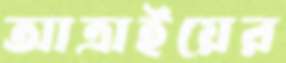
আত্রাইয়ের